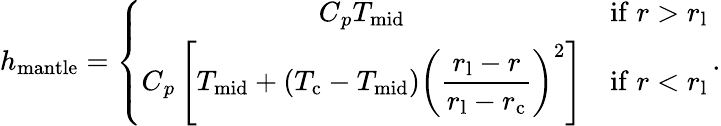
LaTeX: \begin{array}{r}{h_{\mathrm{mantle}}=\left\{ \begin{array}{cl}{C{_{p}}T_{\mathrm{mid}}}&{\mathrm{if}\; r>r_{\mathrm{l}}}\\ {C{_{p}}\left[T_{\mathrm{mid}}+\left(T_{\mathrm{c}}-T_{\mathrm{mid}}\right)\left(\displaystyle\frac{r_{\mathrm{l}}-r}{r_{\mathrm{l}}-r_{\mathrm{c}}}\right)^{2}\right]}&{\mathrm{if}\; r<r_{\mathrm{l}}}\end{array}\right.\, .}\end{array}